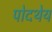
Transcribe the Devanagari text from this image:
पोदथेय